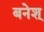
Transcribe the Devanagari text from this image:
बनेश्